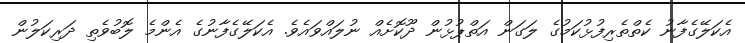
އެކަލޭގެފާނު ކެތްތެރިފުޅުކަމުގެ ލަގަން އަތްޕުޅުން ދޫކޮށެއް ނުލައްވައެވެ. އެކަލޭގެފާނުގެ އެންމެ ލޮބުވެތި ދަރިކަލުން